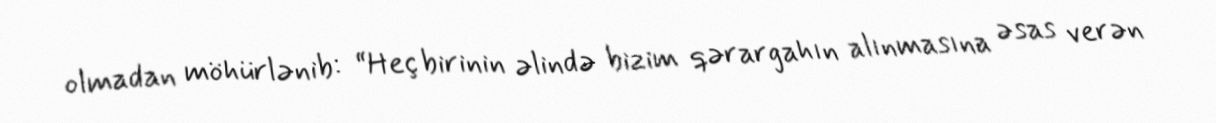
olmadan möhürlənib: “Heç birinin əlində bizim qərargahın alınmasına əsas verən